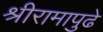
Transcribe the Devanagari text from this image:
श्रीरामापुढे